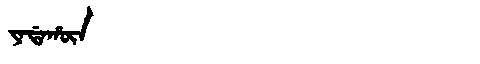
Manchu: ᠶᠠᡩᠠᡥᡡᠨ
Romanization: YADAHŪN